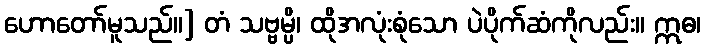
ဟောတော်မူသည်။] တံ သဗ္ဗမ္ပိ၊ ထိုအလုံးစုံသော ပဲပိုက်ဆံကိုလည်း။ ဣဓ၊